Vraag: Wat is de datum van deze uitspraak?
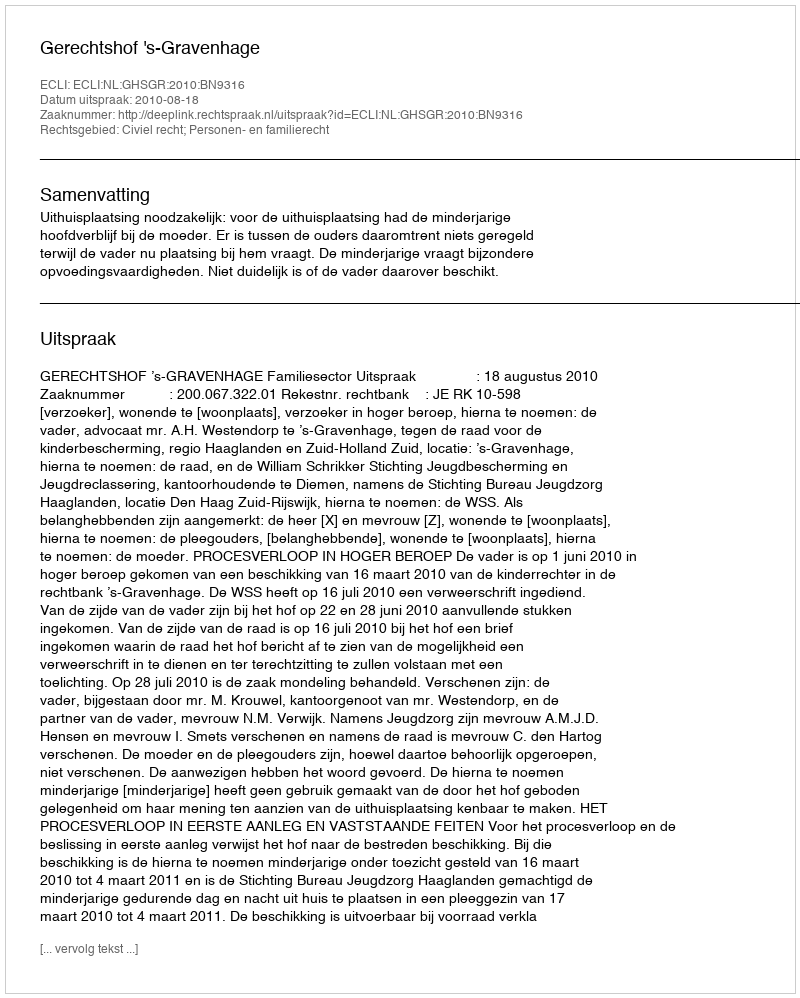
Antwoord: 2010-08-18